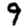
Digit: 9